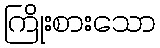
ကြိုးစားသော